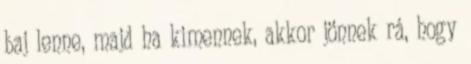
baj lenne, majd ha kimennek, akkor jönnek rá, hogy